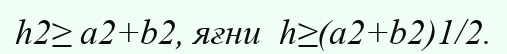
h2≥ a2+b2, яғни  h≥(a2+b2)1/2.